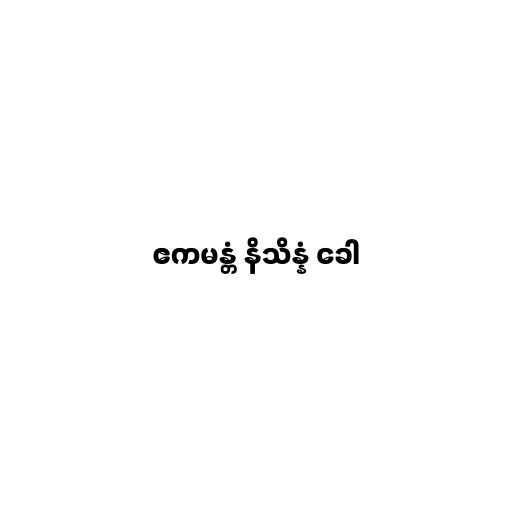
ဧကမန္တံ နိသိန္နံ ခေါ